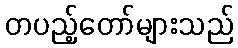
တပည့်တော်များသည်